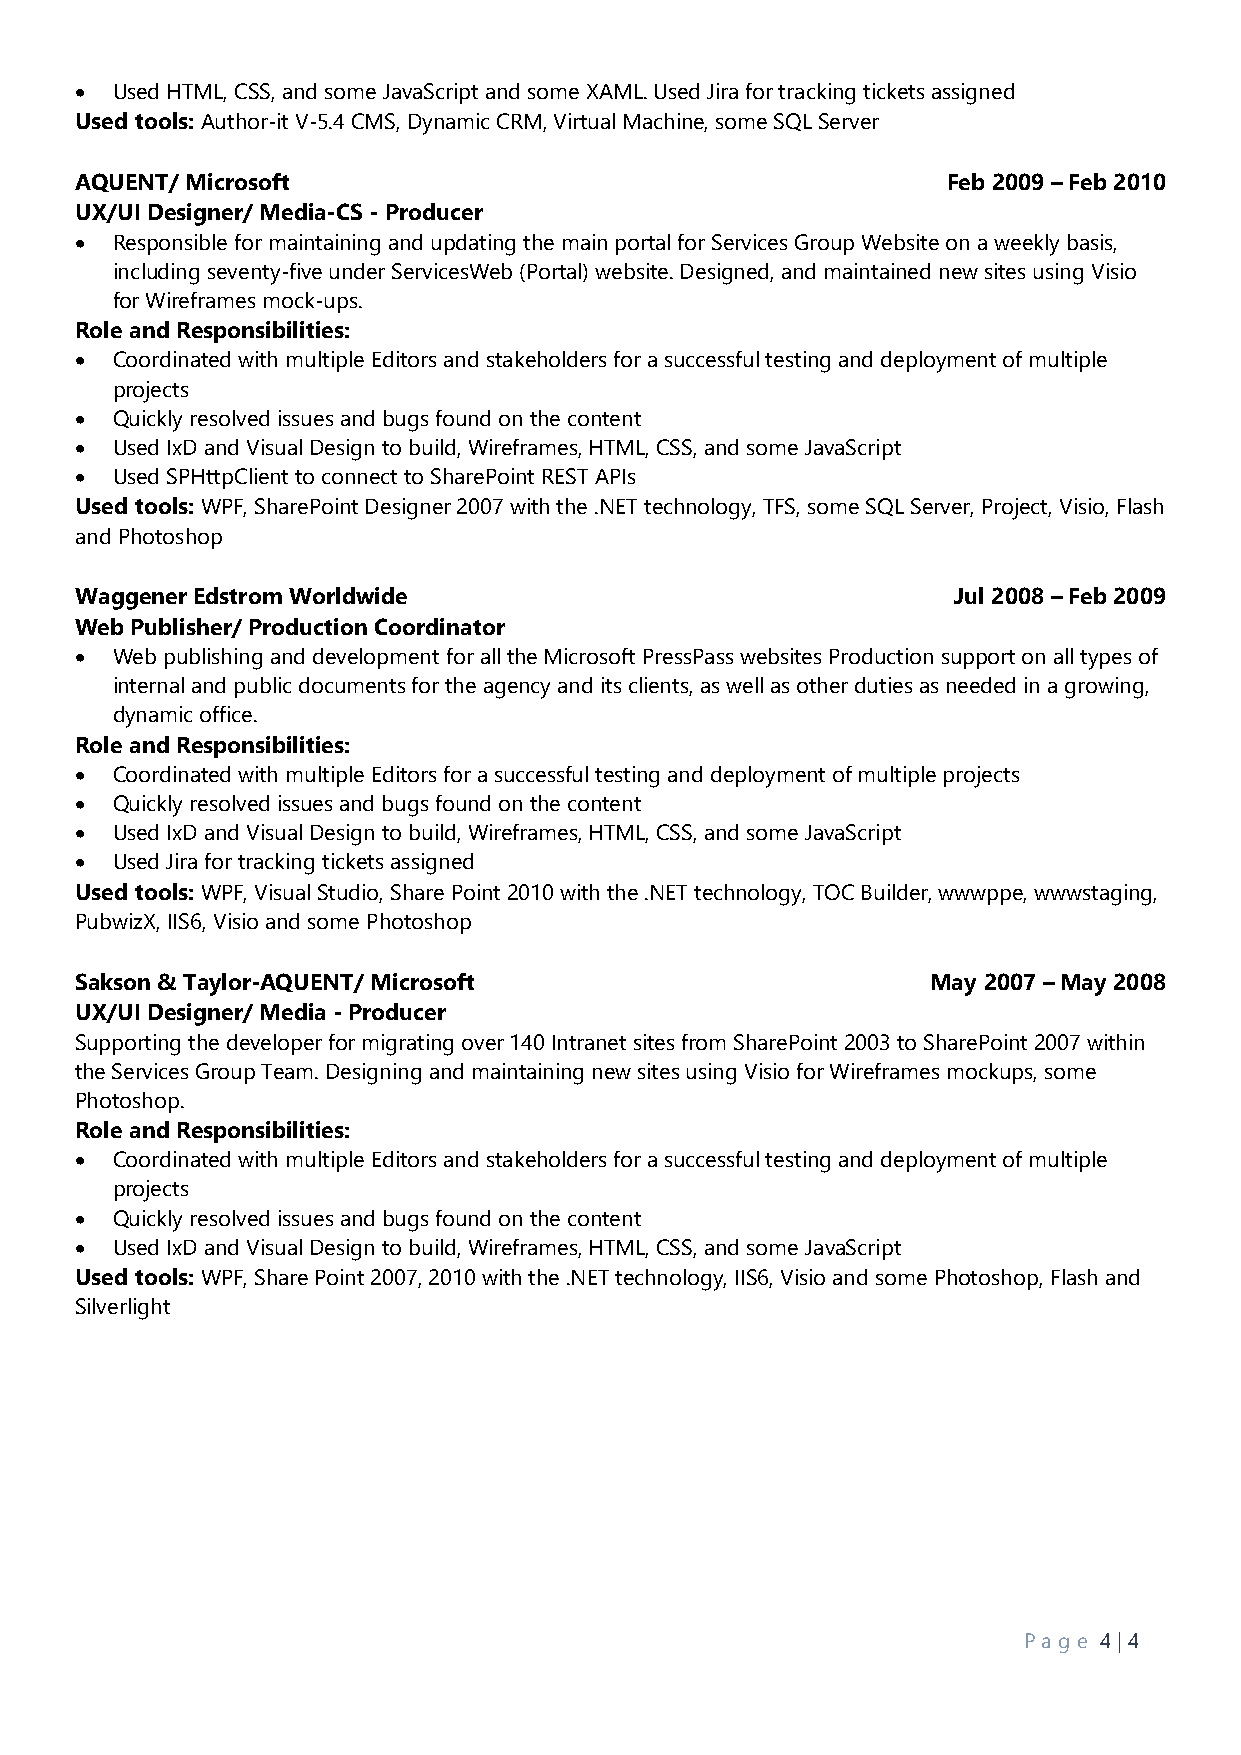
• Used HTML, CSS, and some JavaScript and some XAML. Used Jira for tracking tickets assigned
 Used tools: Author-it V-5.4 CMS, Dynamic CRM, Virtual Machine, some SQL Server
 AQUENT/ Microsoft                                         Feb 2009 – Feb 2010
 UX/UI Designer/ Media-CS - Producer
 • Responsible for maintaining and updating the main portal for Services Group Website on a weekly basis,
 including seventy-five under ServicesWeb (Portal) website. Designed, and maintained new sites using Visio
 for Wireframes mock-ups.
 Role and Responsibilities:
 • Coordinated with multiple Editors and stakeholders for a successful testing and deployment of multiple
 projects
 • Quickly resolved issues and bugs found on the content
 • Used IxD and Visual Design to build, Wireframes, HTML, CSS, and some JavaScript
 • Used SPHttpClient to connect to SharePoint REST APIs
 Used tools: WPF, SharePoint Designer 2007 with the .NET technology, TFS, some SQL Server, Project, Visio, Flash
 and Photoshop
 Waggener Edstrom Worldwide                                Jul 2008 – Feb 2009
 Web Publisher/ Production Coordinator
 • Web publishing and development for all the Microsoft PressPass websites Production support on all types of
 internal and public documents for the agency and its clients, as well as other duties as needed in a growing,
 dynamic office.
 Role and Responsibilities:
 • Coordinated with multiple Editors for a successful testing and deployment of multiple projects
 • Quickly resolved issues and bugs found on the content
 • Used IxD and Visual Design to build, Wireframes, HTML, CSS, and some JavaScript
 • Used Jira for tracking tickets assigned
 Used tools: WPF, Visual Studio, Share Point 2010 with the .NET technology, TOC Builder, wwwppe, wwwstaging,
 PubwizX, IIS6, Visio and some Photoshop
 Sakson & Taylor-AQUENT/ Microsoft                        May 2007 – May 2008
 UX/UI Designer/ Media - Producer
 Supporting the developer for migrating over 140 Intranet sites from SharePoint 2003 to SharePoint 2007 within
 the Services Group Team. Designing and maintaining new sites using Visio for Wireframes mockups, some
 Photoshop.
 Role and Responsibilities:
 • Coordinated with multiple Editors and stakeholders for a successful testing and deployment of multiple
 projects
 • Quickly resolved issues and bugs found on the content
 • Used IxD and Visual Design to build, Wireframes, HTML, CSS, and some JavaScript
 Used tools: WPF, Share Point 2007, 2010 with the .NET technology, IIS6, Visio and some Photoshop, Flash and
 Silverlight
 P ag e 4 | 4